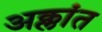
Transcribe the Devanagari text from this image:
अक्लांत